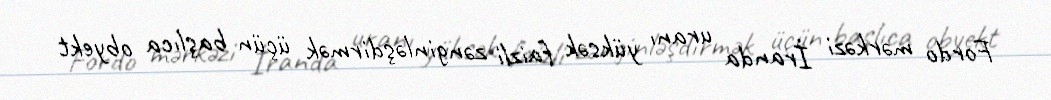
Fordo mərkəzi İranda uranı yüksək faizli zənginləşdirmək üçün başlıca obyekt